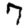
Digit: 7